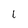
Character: I